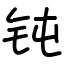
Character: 钝